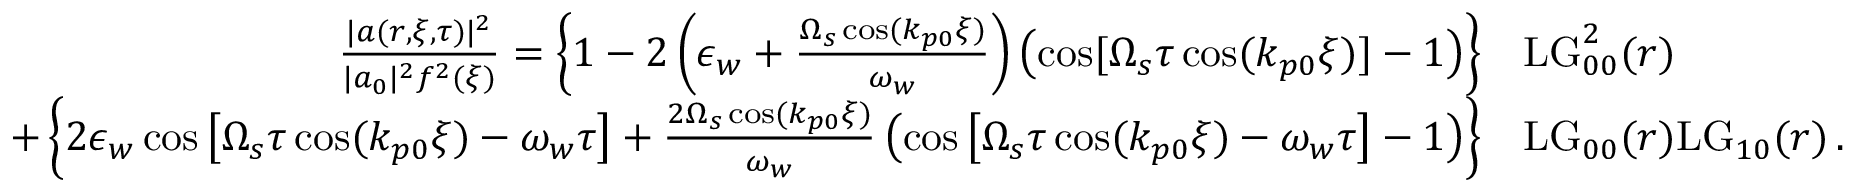
\begin{array} { r l } { \frac { | a ( r , \xi , \tau ) | ^ { 2 } } { | a _ { 0 } | ^ { 2 } f ^ { 2 } ( \xi ) } = \left\{ 1 - 2 \left( \epsilon _ { w } + \frac { \Omega _ { s } \cos ( k _ { p 0 } \xi ) } { \omega _ { w } } \right) \left( \cos [ \Omega _ { s } \tau \cos ( k _ { p 0 } \xi ) ] - 1 \right) \right\} } & { \mathrm { L G } _ { 0 0 } ^ { 2 } ( r ) } \\ { + \left\{ 2 \epsilon _ { w } \cos \left[ \Omega _ { s } \tau \cos ( k _ { p 0 } \xi ) - \omega _ { w } \tau \right] + \frac { 2 \Omega _ { s } \cos ( k _ { p 0 } \xi ) } { \omega _ { w } } \left( \cos \left[ \Omega _ { s } \tau \cos ( k _ { p 0 } \xi ) - \omega _ { w } \tau \right] - 1 \right) \right\} } & { \mathrm { L G } _ { 0 0 } ( r ) \mathrm { L G } _ { 1 0 } ( r ) \, . } \end{array}